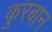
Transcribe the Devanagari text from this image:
कुरबान